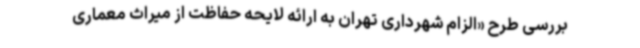
بررسی طرح «الزام شهرداری تهران به ارائه لایحه حفاظت از میراث معماری